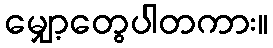
မျှော့တွေပါတကား။